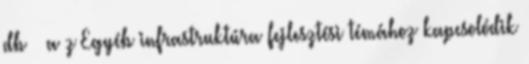
db – a z Egyéb infrastruktúra fejlesztési témához kapcsolódik